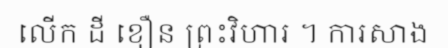
លើក ដី ខឿន ព្រះវិហារ ។ ការសាង